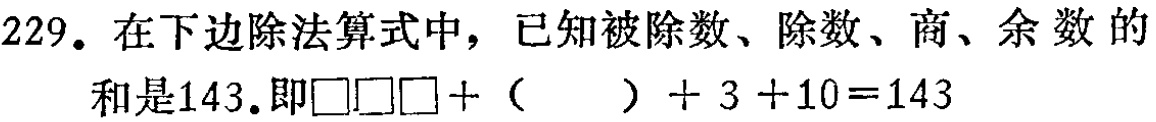
229. 在下边除法算式中，已知被除数、除数、商、余数的和是143.即\(\square\square\square+(\ \ \ \ \ ) + 3 + 10 = 143\)